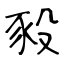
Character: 豛